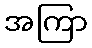
အကြာ